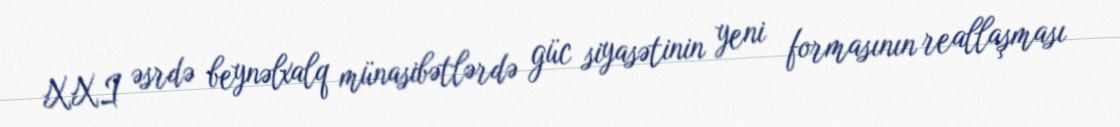
XXI əsrdə beynəlxalq münasibətlərdə güc siyasətinin yeni formasının reallaşması